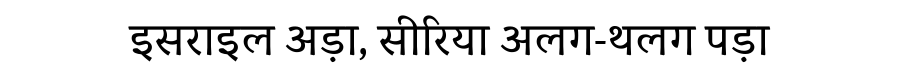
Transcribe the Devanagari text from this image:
इसराइल अड़ा, सीरिया अलग-थलग पड़ा